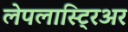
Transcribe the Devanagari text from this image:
लेपलास्ट्रिअर